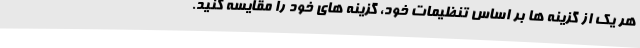
هر یک از گزینه ها بر اساس تنظیمات خود، گزینه های خود را مقایسه کنید.